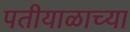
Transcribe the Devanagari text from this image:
पतीयाळाच्या